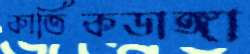
কার্তিকডাঙ্গা